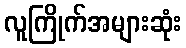
လူကြိုက်အများဆုံး